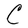
Character: C